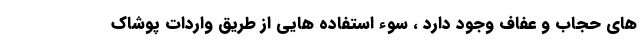
های حجاب و عفاف وجود دارد ، سوء استفاده هایی از طریق واردات پوشاک